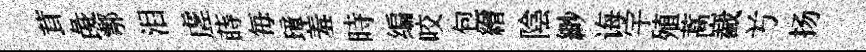
茸彘鄠泪虗蒔毎璋羞時编咬包繒陰緲诲宇殖蒿嶻𠔃扬